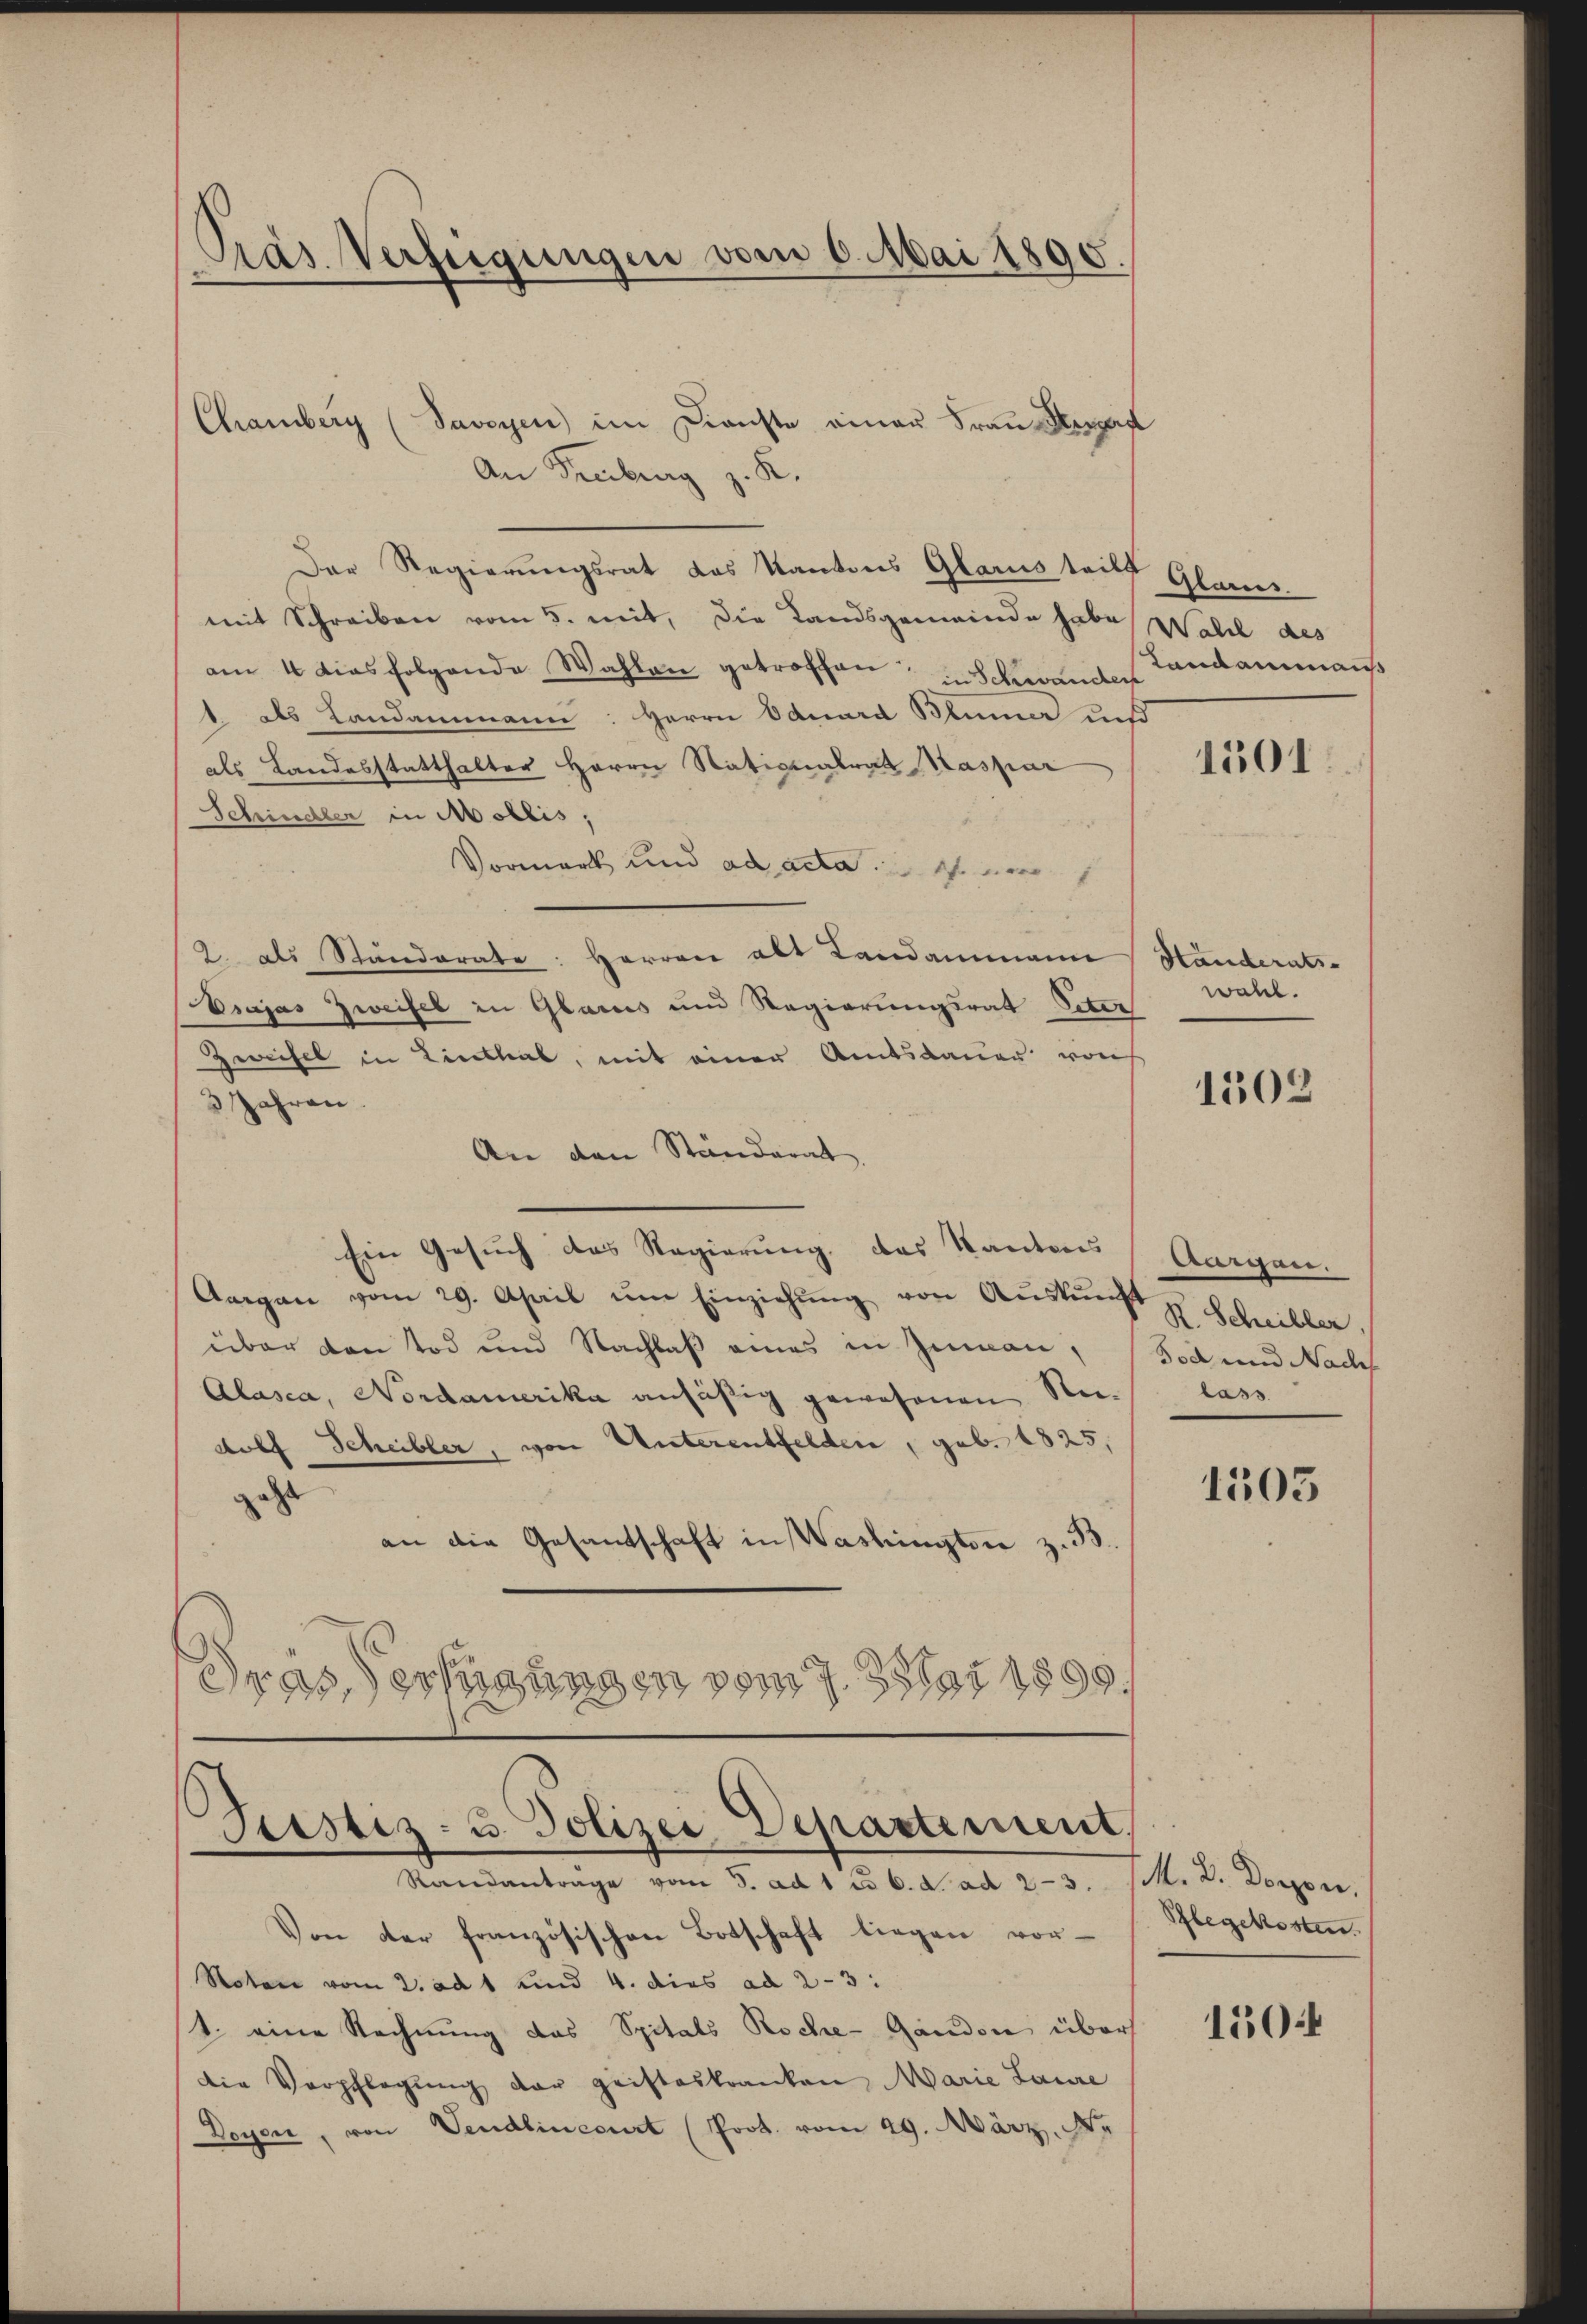
Präs. Verfügungen vom 6. Mai 1890.

Chamberg (Savoyen im Dienste einer Frau Herd
An Freiburg z. K.
Der Regierungsrat das Kantons Glarus teilt
mit Schreiben vom 5. mit, die Landsgemeinde habe Walde des
am 4 dies folgende Wahlen getroffen; in Schwanden
1. als Landammann: Herrn Oduard Blumer und
als Landesstatthalter Herrn Nationalrat Kaspar
Schindler in Mollis,
Vormark und ad anden
2. als Standerate: Herren alt Landammann Händerats-
Vsajas Zweifel in Glarus und Regierungsrat Peten
Zweifel in Linthal, mit einer Amtsdauer vorh
3 Jahren.
An den Ständerat
Ein Gesuch das Regierung, das Kantons Aargau
Aargau vom 29. April ŭm Einziehŭng von Aŭskŭnft z. Schiller
über den Tod und Nachlaß eines in Zuman, Tod und Nach
Alasca, Nordamerika ansäßig gewesenen Reidolf Scheibler, von Unterentfelden, geb. 1825,
geht
an die Gesandschaft in Washington z. B.
drassertigungen vom 7. Jar 1899,

Justiz- u. Polizei Departement,

Randantrage vom 5. ad 1 c. 6. d. ad 23. M. D. Dorfen,
Von der französischen Botschaft liegen vor-
Notar vom 2. ad 1 und 4. dies ad 2-3:
1. eine Rechnung das Spitals Roche- Ganden über
die Verpflegŭng der geisteskranken Marie Laure
Deyen, von Vendlincourt (Prot. vom 29. März. No

Glanes.
Landamman

1501

wahl.

1502

lass

1505

Pflegekosten.

150